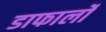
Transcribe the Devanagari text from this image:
डाफार्लो